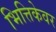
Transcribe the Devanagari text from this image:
भित्तिकेवर